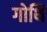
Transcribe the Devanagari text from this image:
गोथि